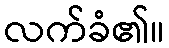
လက်ခံ၏။